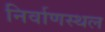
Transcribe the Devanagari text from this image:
निर्वाणस्थल